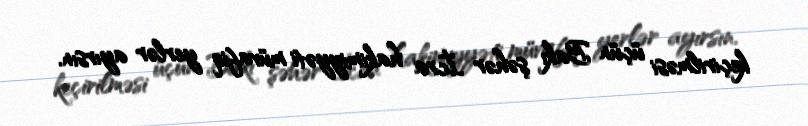
keçirilməsi üçün Bakı şəhər İcra hakimiyyəti müvafiq yerlər ayırsın.